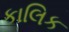
કાલિક